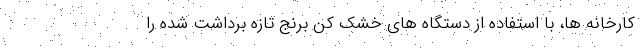
کارخانه ها، با استفاده از دستگاه های خشک کن برنج تازه برداشت شده را